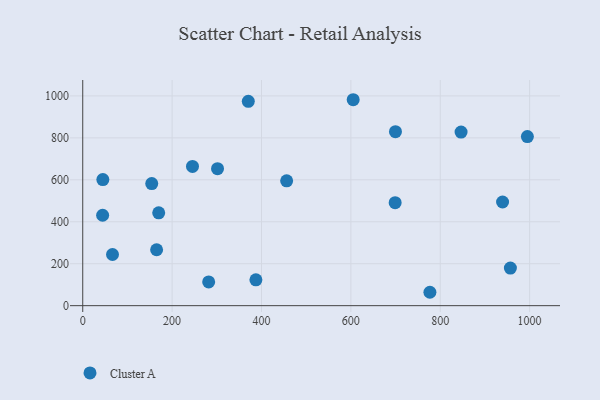
{"axis": {"x": "Investment", "y": "Rating"}, "legend": ["Cluster A"], "data": [{"x": "387.5", "y": 123.1, "type": "Cluster A"}, {"x": "957.0", "y": 179.4, "type": "Cluster A"}, {"x": "170.0", "y": 442.8, "type": "Cluster A"}, {"x": "605.2", "y": 981.8, "type": "Cluster A"}, {"x": "165.3", "y": 266.5, "type": "Cluster A"}, {"x": "995.0", "y": 806.1, "type": "Cluster A"}, {"x": "44.5", "y": 431.1, "type": "Cluster A"}, {"x": "154.4", "y": 582.0, "type": "Cluster A"}, {"x": "699.1", "y": 490.8, "type": "Cluster A"}, {"x": "846.6", "y": 827.8, "type": "Cluster A"}, {"x": "456.3", "y": 595.0, "type": "Cluster A"}, {"x": "699.8", "y": 829.5, "type": "Cluster A"}, {"x": "301.6", "y": 653.2, "type": "Cluster A"}, {"x": "281.8", "y": 113.1, "type": "Cluster A"}, {"x": "66.6", "y": 243.9, "type": "Cluster A"}, {"x": "939.5", "y": 494.3, "type": "Cluster A"}, {"x": "45.0", "y": 601.1, "type": "Cluster A"}, {"x": "370.5", "y": 974.1, "type": "Cluster A"}, {"x": "776.9", "y": 63.8, "type": "Cluster A"}, {"x": "245.6", "y": 663.9, "type": "Cluster A"}]}